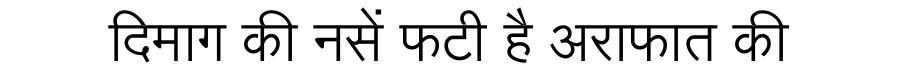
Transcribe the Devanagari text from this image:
दिमाग की नसें फटी है अराफात की